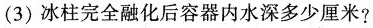
(3)冰柱完全融化后容器内水深多少厘米?